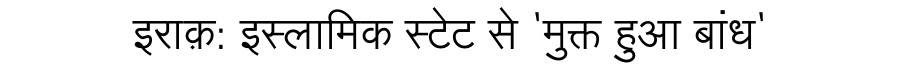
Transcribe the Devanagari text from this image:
इराक़: इस्लामिक स्टेट से 'मुक्त हुआ बांध'